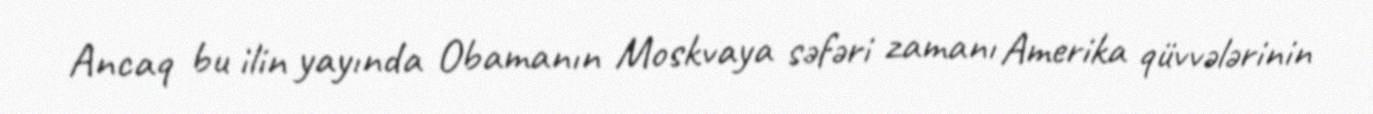
Ancaq bu ilin yayında Obamanın Moskvaya səfəri zamanı Amerika qüvvələrinin